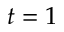
t = 1